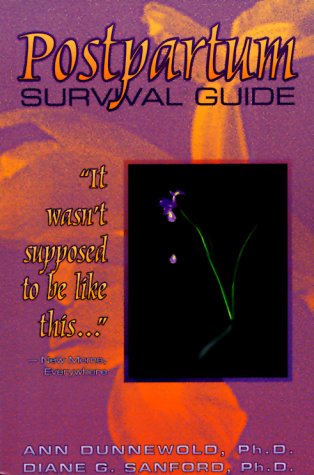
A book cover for Postpartum Survival Guide; Ann Dunnewold; Health, Fitness & Dieting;